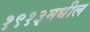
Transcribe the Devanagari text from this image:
१९१३मधील